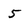
Character: 5